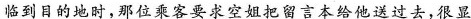
临到目的地时，那位乘客要求空姐把留言本给他送过去，很显